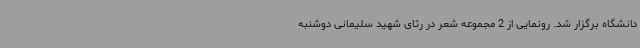
دانشگاه برگزار شد. رونمایی از 2 مجموعه شعر در رثای شهید سلیمانی دوشنبه